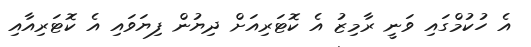
އެ ހުކުމްގައި ވަނީ ރާމިޒު އެ ކޮޓަރިއަށް ދިޔުން ފިޔަވައި އެ ކޮޓަރިއާއި